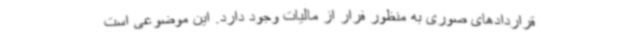
قراردادهای صوری به منظور فرار از مالیات وجود دارد. این موضوعی است